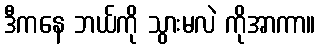
ဒီကနေ ဘယ်ကို သွားမလဲ ကိုအာကာ။